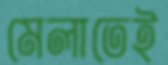
মেলাতেই